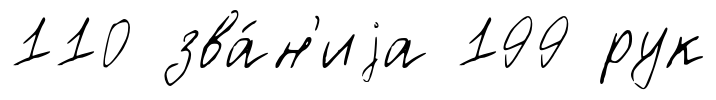
110 зва́н'иjа 199 рук